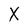
Character: X